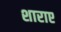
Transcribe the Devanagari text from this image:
शाराए